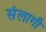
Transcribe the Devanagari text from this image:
संलागी